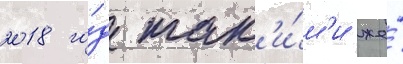
2018 го́д так'и́м'и же́